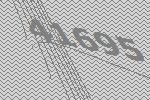
41695